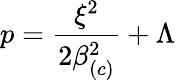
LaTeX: p=\frac{\xi^{2}}{2\beta_{\left(c\right)}^{2}}+\Lambda